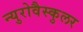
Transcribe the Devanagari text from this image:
न्युरोवैस्कुलर